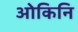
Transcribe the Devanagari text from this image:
ओकिनि